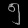
Digit: ၅